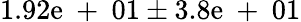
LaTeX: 1.92\mathrm{e}\mathrm{{~+~}}01\pm3.8\mathrm{e}\mathrm{{~+~}}01